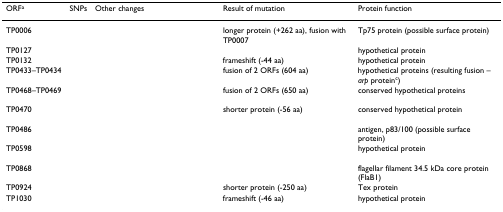
<table><thead><tr><td><b>ORF<sup>a</sup></b></td><td><b>SNPs</b></td><td><b>Other changes</b></td><td><b>Result of mutation</b></td><td><b>Protein function</b></td></tr></thead><tbody><tr><td>TP0006</td><td>[EMPTY_CELL]</td><td>[EMPTY_CELL]</td><td>longer protein (+262 aa), fusion with TP0007</td><td>Tp75 protein (possible surface protein)</td></tr><tr><td>TP0127</td><td>[EMPTY_CELL]</td><td>[EMPTY_CELL]</td><td>[EMPTY_CELL]</td><td>hypothetical protein</td></tr><tr><td>TP0132</td><td>[EMPTY_CELL]</td><td>[EMPTY_CELL]</td><td>frameshift (-44 aa)</td><td>hypothetical protein</td></tr><tr><td>TP0433–TP0434</td><td>[EMPTY_CELL]</td><td>[EMPTY_CELL]</td><td>fusion of 2 ORFs (604 aa)</td><td>hypothetical proteins (resulting fusion – <i>arp </i>protein<sup>c</sup>)</td></tr><tr><td>TP0468–TP0469</td><td>[EMPTY_CELL]</td><td>[EMPTY_CELL]</td><td>fusion of 2 ORFs (650 aa)</td><td>conserved hypothetical proteins</td></tr><tr><td>TP0470</td><td>[EMPTY_CELL]</td><td>[EMPTY_CELL]</td><td>shorter protein (-56 aa)</td><td>conserved hypothetical protein</td></tr><tr><td>TP0486</td><td>[EMPTY_CELL]</td><td>[EMPTY_CELL]</td><td>[EMPTY_CELL]</td><td>antigen, p83/100 (possible surface protein)</td></tr><tr><td>TP0598</td><td>[EMPTY_CELL]</td><td>[EMPTY_CELL]</td><td>[EMPTY_CELL]</td><td>hypothetical protein</td></tr><tr><td>TP0868</td><td>[EMPTY_CELL]</td><td>[EMPTY_CELL]</td><td>[EMPTY_CELL]</td><td>flagellar filament 34.5 kDa core protein (FlaB1)</td></tr><tr><td>TP0924</td><td>[EMPTY_CELL]</td><td>[EMPTY_CELL]</td><td>shorter protein (-250 aa)</td><td>Tex protein</td></tr><tr><td>TP1030</td><td>[EMPTY_CELL]</td><td>[EMPTY_CELL]</td><td>frameshift (-46 aa)</td><td>hypothetical protein</td></tr></tbody></table>